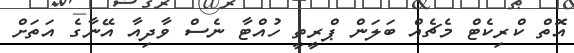
އޮތް ކްރިކެޓް މެޗެއް ބަލަން ޕްރީތީ ހުއްޓާ ނެސް ވާދިއާ އޭނާގެ އަތަށް